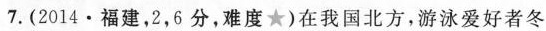
7.(2014·福建，2，6分，难度★)在我国北方，游泳爱好者冬